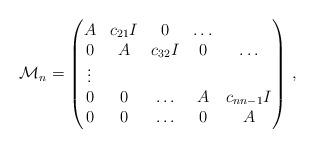
LaTeX: \begin{align*}\mathcal{M}_n=\begin{pmatrix}A & c_{21}I &0 & \ldots\\0 & A & c_{32} I & 0 & \ldots \\\vdots \\0 & 0 & \ldots & A & c_{n n-1}I \\0 & 0& \ldots & 0 & A\end{pmatrix} \,,\end{align*}